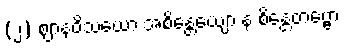
(၂) ဈာနဝိသယော အစိန္တေယျော န စိန္တေတဗ္ဗော